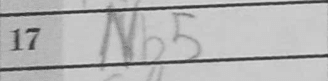
Transcription: Nb5